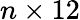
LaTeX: n\times 12